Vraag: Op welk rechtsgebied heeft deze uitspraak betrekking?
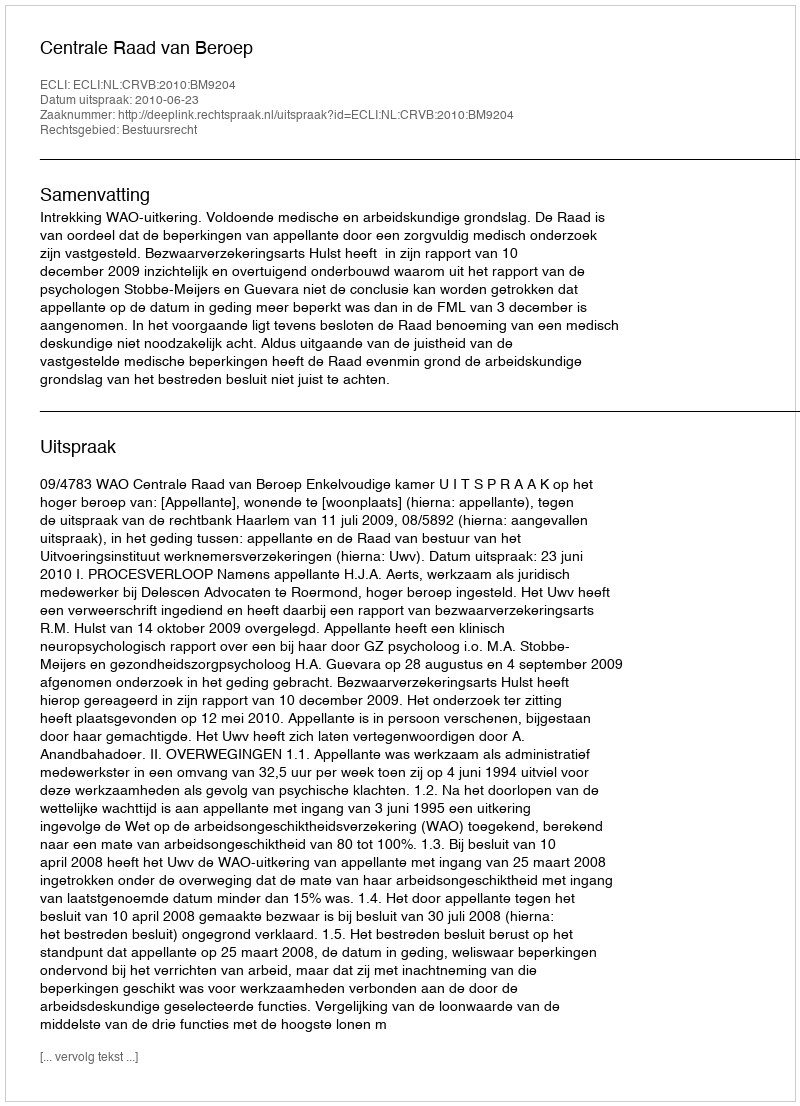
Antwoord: Bestuursrecht